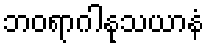
ဘဝရာဂါနုသယာနံ